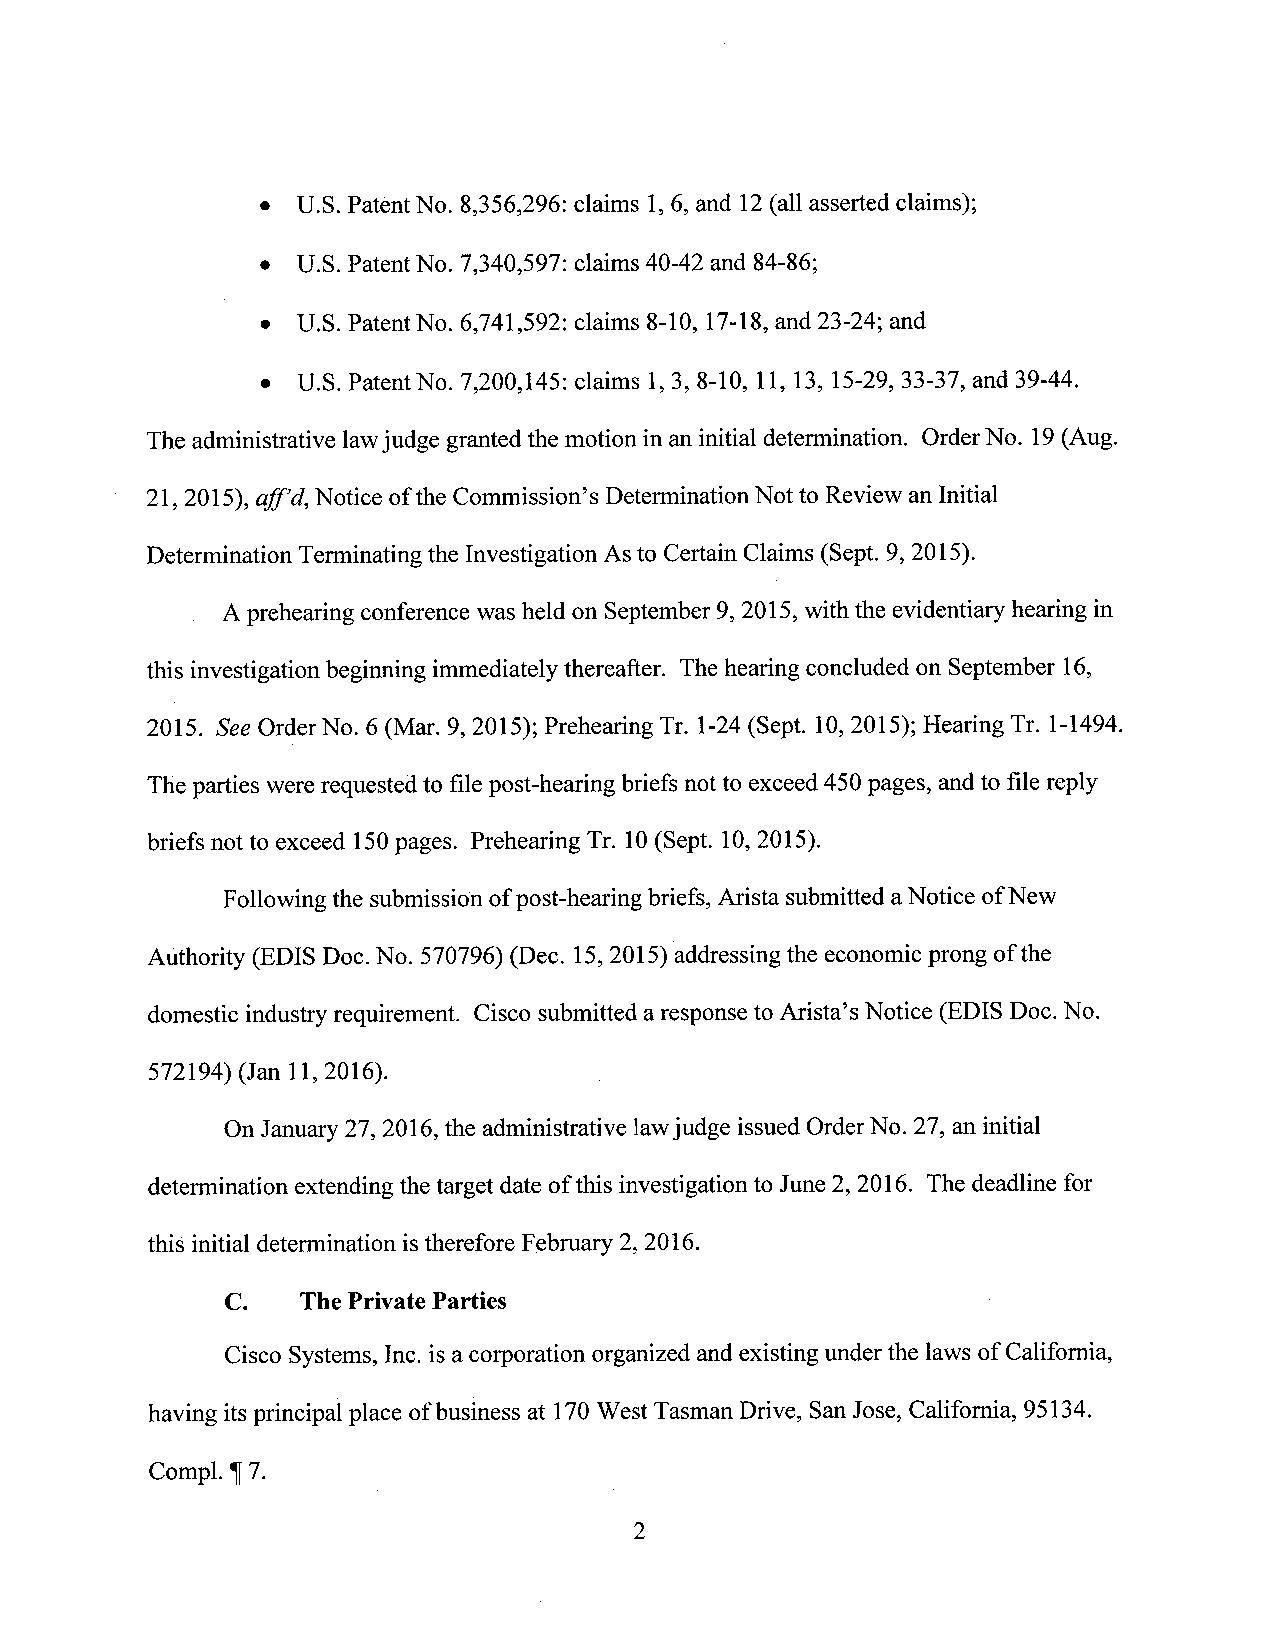
0  U.S. Patent No. 8,356,296: claims 1,6, and 12(all asserted claims);
 0  U.S. Patent N0. 7,340,597: claims 40-42 and 84-86;
 0  U.S. Patent No. 6,741,592: claims 8-10, 17-18,and 23-24; and
 I  U.S. Patent No. 7,200,145: claims 1,3, 8-10, 11, 13, 15-29, 33-37, and 39-44.
 The administrative lawjudge granted the motion in aninitial determination. OrderNo. 19(Aug.
 21, 2015), aff’d,Notice ofthe Commission’s DeterminationNot to Review an Initial
 Determination Terminating the Investigation As to Certain Claims (Sept. 9, 2015).
 . A prehearing conference was held on September 9, 2015, with the evidentiaiy hearing in
 this investigation beginning immediately thereafter. The hearing concluded on September 16,
 20.15. See Order No. 6 (Mar. 9, 2015); Prehearing Tr. 1-24(Sept. 10,2015); Hearing Tr. 1-1494
 The parties were requested to file post-hearing briefs not to exceed 450pages, andto file reply
 briefs not to exceed 150pages. Prehearing Tr. 10(Sept. 10,2015).
 Followingthe submission ofpost-hearing briefs,Arista submittedaNotice ofNew
 Authority (EDIS Doc. No. 570796) (Dec. 15,2015)‘addressingthe economic prong of the
 domestic industry requirement. Cisco submitted aresponse to Arista’s Notice (EDIS Doc.N0.
 572194) (Jan 11,2016).
 On January 27, 2016, the administrative lawjudge issued OrderNo. 27, an initial
 determination extending the target date ofthis investigation to June 2, 2016. The deadline for
 this initial determination istherefore February 2, 2016.
 C.   The Private Parties
 Cisco Systems, Inc. isa corporation organized and existing under the laws of California,
 having its principal place ofbusiness at 170West Tasman Drive, SanJose, Califomia, 95134.
 Compl. 1[7.
 2